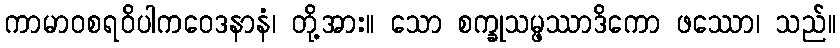
ကာမာဝစရဝိပါကဝေဒနာနံ၊ တို့အား။ သော စက္ခုသမ္ဖဿာဒိကော ဖဿော၊ သည်။